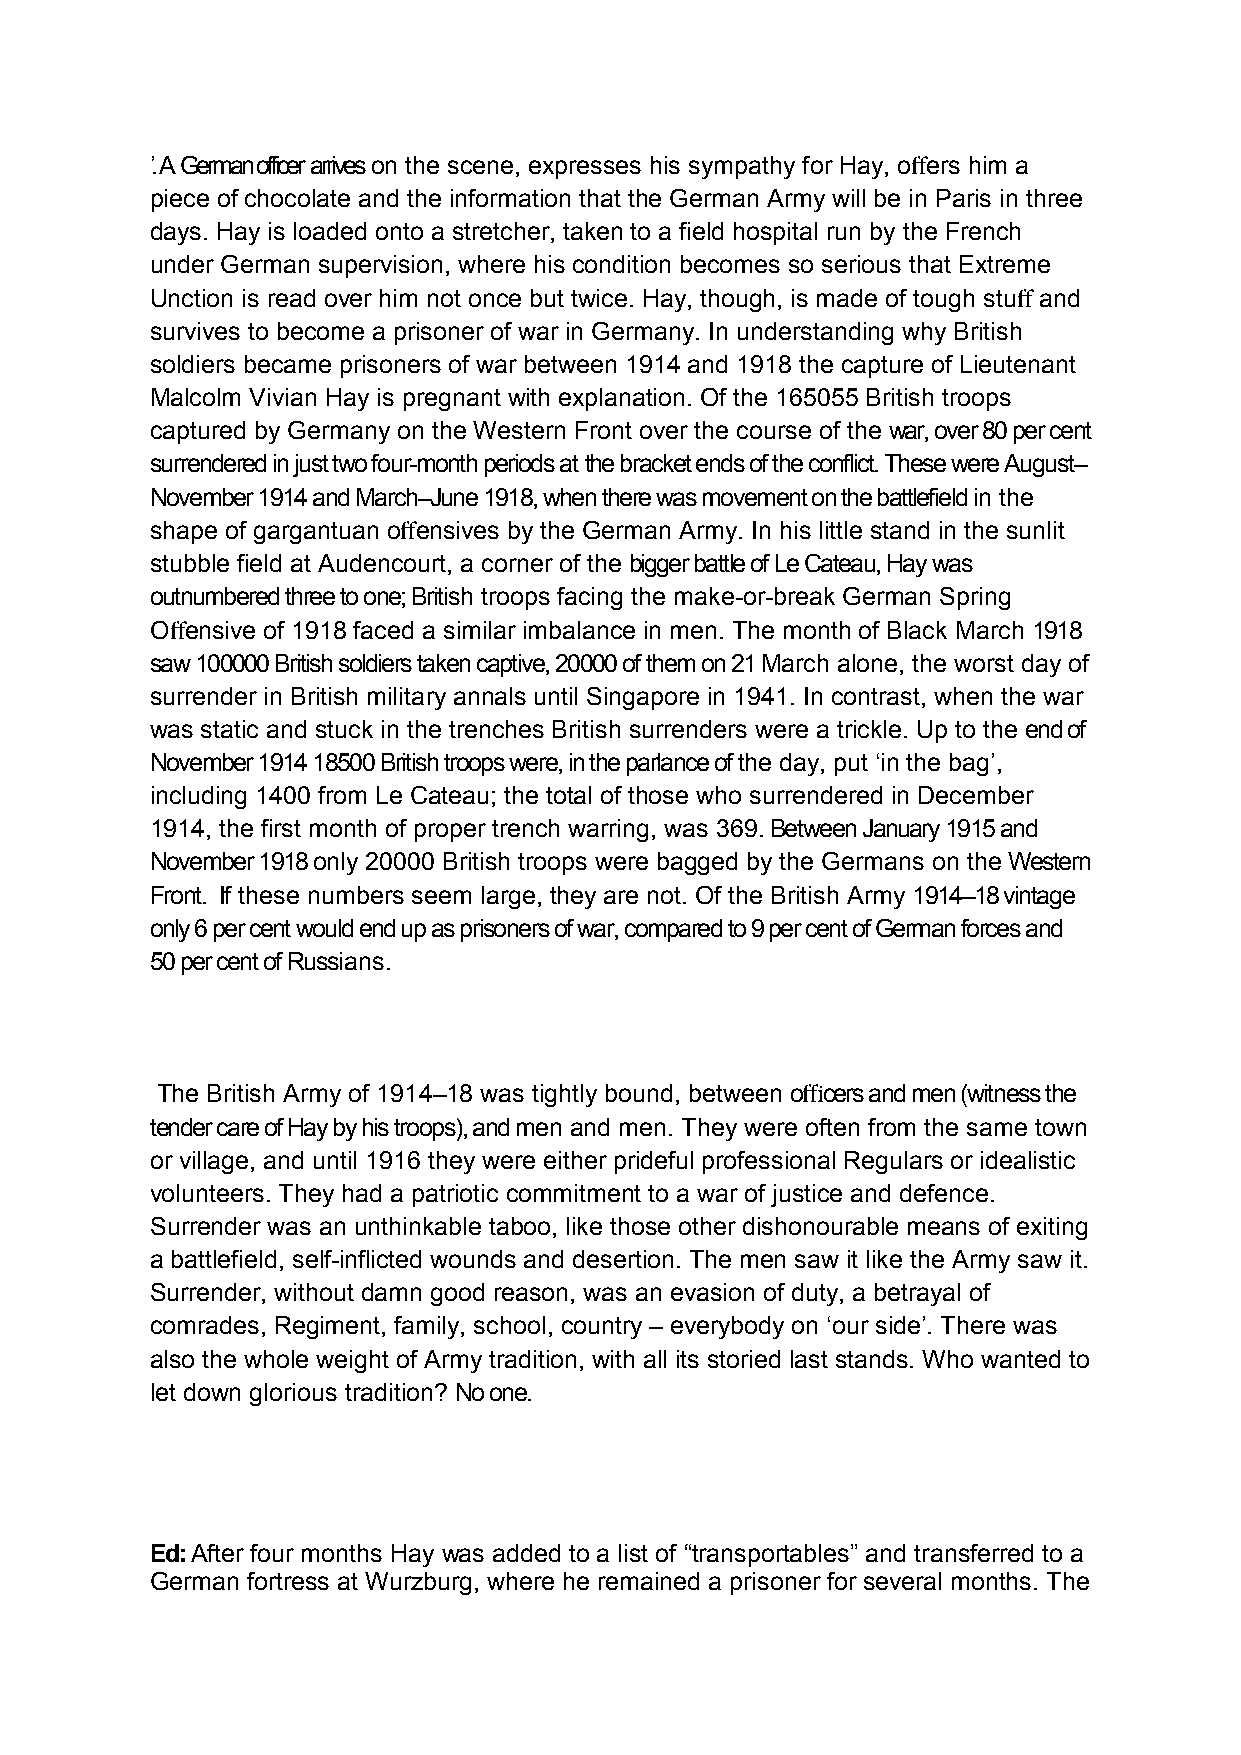
’. A German officer arrives on the scene, expresses his sympathy for Hay, o ers him a
 piece of chocolate and the information that the German Army will be in Paris in three
 ff
 days. Hay is loaded onto a stretcher, taken to a field hospital run by the French
 under German supervision, where his condition becomes so serious that Extreme
 Unction is read over him not once but twice. Hay, though, is made of tough stu and
 survives to become a prisoner of war in Germany. In understanding why British
 ff
 soldiers became prisoners of war between 1914 and 1918 the capture of Lieutenant
 Malcolm Vivian Hay is pregnant with explanation. Of the 165055 British troops
 captured by Germany on the Western Front over the course of the war, over 80 per cent
 surrendered in just two four-month periods at the bracket ends of the conflict. These were August–
 November 1914 and March–June 1918, when there was movement on the battlefield in the
 shape of gargantuan o ensives by the German Army. In his little stand in the sunlit
 stubble field at Audencourt, a corner of the bigger battle of Le Cateau, Hay was
 ff
 outnumbered three to one; British troops facing the make-or-break German Spring
 O ensive of 1918 faced a similar imbalance in men. The month of Black March 1918
 saw 100000 British soldiers taken captive, 20000 of them on 21 March alone, the worst day of
 ff
 surrender in British military annals until Singapore in 1941. In contrast, when the war
 was static and stuck in the trenches British surrenders were a trickle. Up to the end of
 November 1914 18500 British troops were, in the parlance of the day, put ‘in the bag’,
 including 1400 from Le Cateau; the total of those who surrendered in December
 1914, the first month of proper trench warring, was 369. Between January 1915 and
 November 1918 only 20000 British troops were bagged by the Germans on the Western
 Front. If these numbers seem large, they are not. Of the British Army 1914–18 vintage
 only 6 per cent would end up as prisoners of war, compared to 9 per cent of German forces and
 50 per cent of Russians.
 The British Army of 1914–18 was tightly bound, between o cers and men (witness the
 tender care of Hay by his troops), and men and men. They were often from the same town
 ffi
 or village, and until 1916 they were either prideful professional Regulars or idealistic
 volunteers. They had a patriotic commitment to a war of justice and defence.
 Surrender was an unthinkable taboo, like those other dishonourable means of exiting
 a battlefield, self-inflicted wounds and desertion. The men saw it like the Army saw it.
 Surrender, without damn good reason, was an evasion of duty, a betrayal of
 comrades, Regiment, family, school, country – everybody on ‘our side’. There was
 also the whole weight of Army tradition, with all its storied last stands. Who wanted to
 let down glorious tradition? No one.
 Ed: After four months Hay was added to a list of “transportables” and transferred to a
 German fortress at Wurzburg, where he remained a prisoner for several months. The